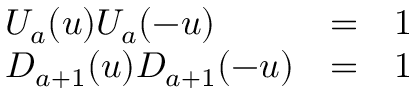
\begin{array} { l l l } { { U _ { a } ( u ) U _ { a } ( - u ) } } & { { = } } & { { 1 } } \\ { { D _ { a + 1 } ( u ) D _ { a + 1 } ( - u ) } } & { { = } } & { { 1 } } \end{array} \;